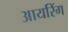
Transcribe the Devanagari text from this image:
आयरिंग